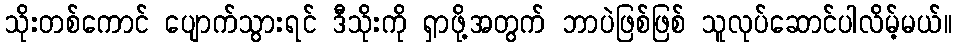
သိုးတစ်ကောင် ပျောက်သွားရင် ဒီသိုးကို ရှာဖို့အတွက် ဘာပဲဖြစ်ဖြစ် သူလုပ်ဆောင်ပါလိမ့်မယ်။